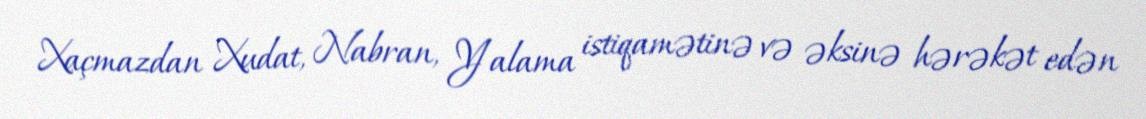
Xaçmazdan Xudat, Nabran, Yalama istiqamətinə və əksinə hərəkət edən